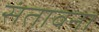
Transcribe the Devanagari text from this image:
संतावना